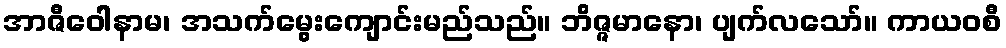
အာဇီဝေါနာမ၊ အသက်မွေးကျောင်းမည်သည်။ ဘိဇ္ဇမာနော၊ ပျက်လသော်။ ကာယဝစီ